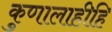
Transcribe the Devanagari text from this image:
कुणालाहीहि